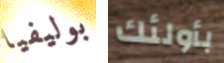
بوليفيا بأولئك